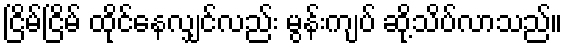
ငြိမ်ငြိမ် ထိုင်နေလျှင်လည်း မွန်းကျပ် ဆို့သိပ်လာသည်။